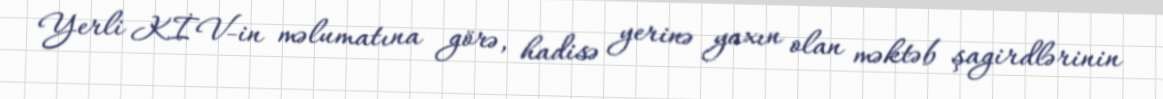
Yerli KİV-in məlumatına görə, hadisə yerinə yaxın olan məktəb şagirdlərinin